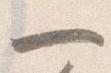
一